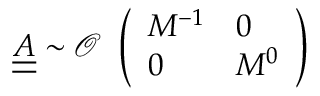
\underline { { \underline { { A } } } } \sim \mathcal { O } \begin{array} { l } { \left( \begin{array} { l l } { M ^ { - 1 } } & { 0 } \\ { 0 } & { M ^ { 0 } } \end{array} \right) } \end{array}